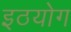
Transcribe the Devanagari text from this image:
इठयोग